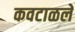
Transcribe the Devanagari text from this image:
कवटाळले